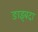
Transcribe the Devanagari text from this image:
ङाइबदा